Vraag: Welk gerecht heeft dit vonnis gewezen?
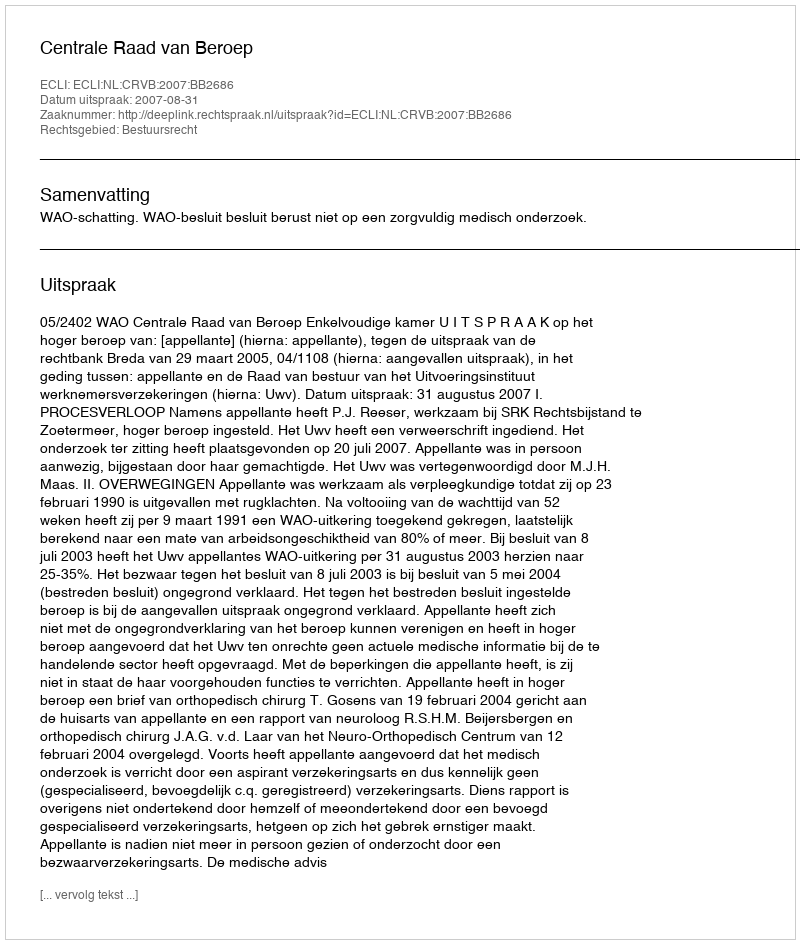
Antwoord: Centrale Raad van Beroep